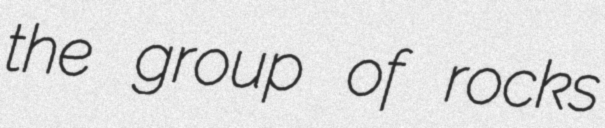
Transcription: the group of rocks